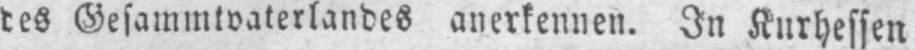
des Gesammtvaterlandes anerkennen. In Kurhessen